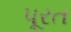
પૂરત